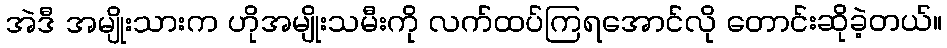
အဲဒီ အမျိုးသားက ဟိုအမျိုးသမီးကို လက်ထပ်ကြရအောင်လို တောင်းဆိုခဲ့တယ်။